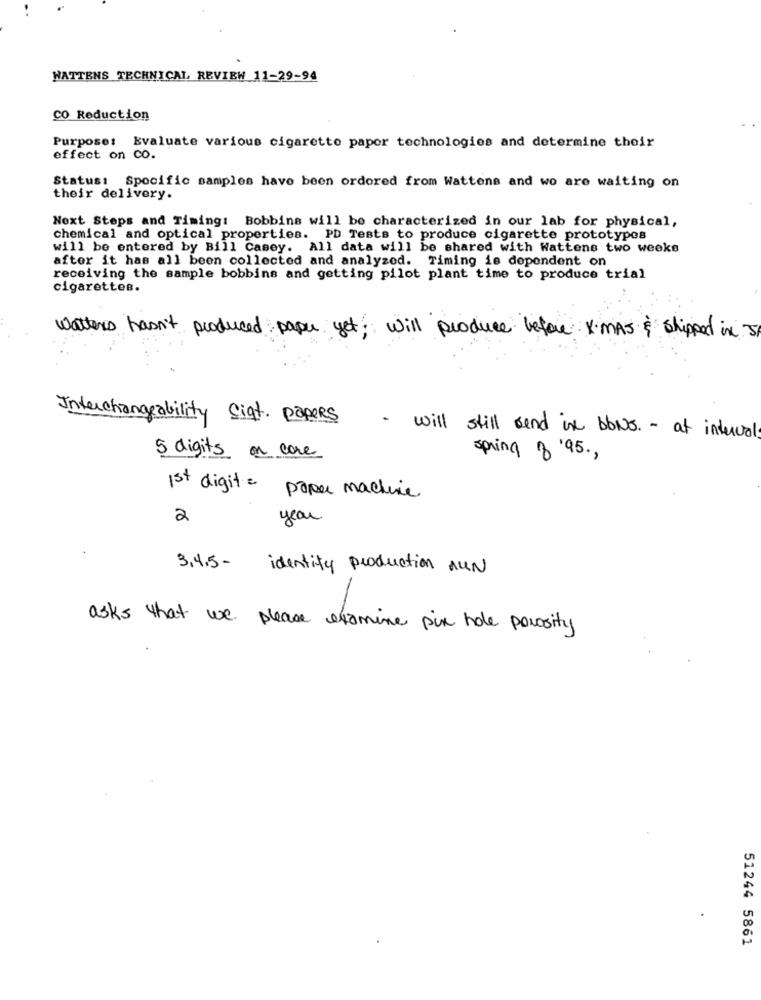
HATTENS TECHNICAL REVIEW 11-29-94
CO Reduction
Purpose: Evaluate various cigarette paper technologies and determine their
effect on CO.
Status: Spocific samples have been ordered from Wattens and wo are waiting on
their delivery.
Next Steps and Timing: Bobbins will be characterized in our lab for physical,
chemical and optical properties. PD Tests to produce cigarette prototypes
will be entered by Bill Casey. All data will be shared with Wattens two weeks
after it has all been collected and analyzed. Timing is dependent on
receiving the sample bobbins and getting pilot plant time to produce trial
cigarettes.
watters hasn't
produced paper yet; will produce before XMAS & shipped in s
Interchangeability sigt. popers
- will still und is bows . - at intervals
5 digits on core
spring 8'95 .,
1st digit = paper machine
2
year
3.4.5-
identity production AUN
asks that we please examine pix hole porosity
51244 5861